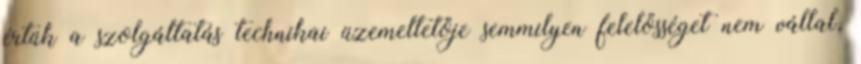
értük a szolgáltatás technikai üzemeltetője semmilyen felelősséget nem vállal,